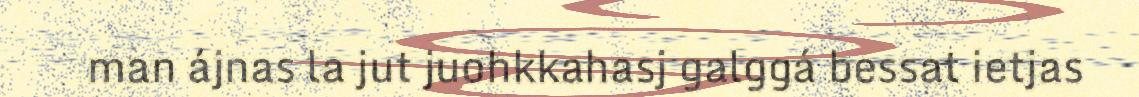
man ájnas la jut juohkkahasj galggá bessat ietjas